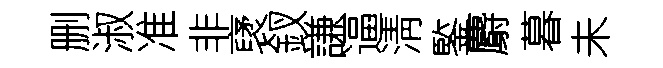
删淑准非裦釵謙逼淸鍳麝暮未